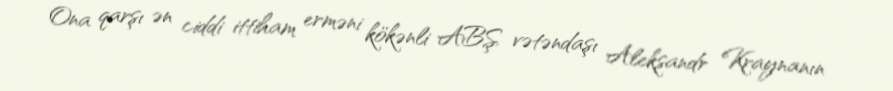
Ona qarşı ən ciddi ittiham erməni kökənli ABŞ vətəndaşı Aleksandr Kraynanın